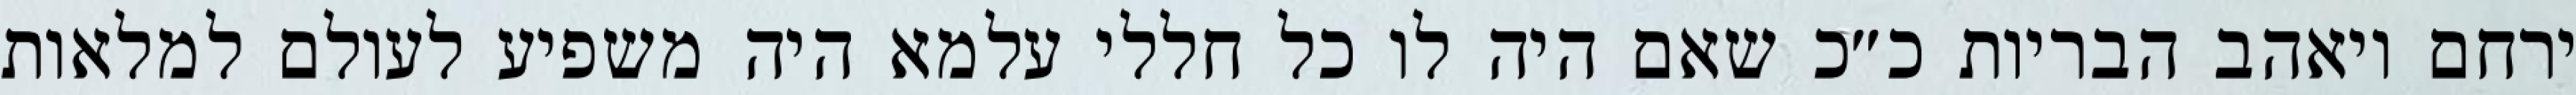
ירחם ויאהב הבריות כ״כ שאם היה לו כל חללי עלמא היה משפיע לעולם למלאות